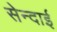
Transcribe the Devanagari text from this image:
सेन्दाई